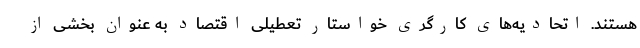
هستند. اتحادیه‌های کارگری خواستار تعطیلی اقتصاد به عنوان بخشی از